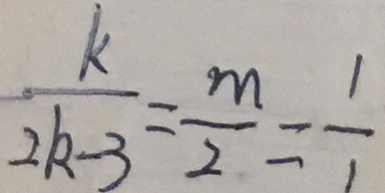
\frac { k } { 2 k - 3 } = \frac { m } { 2 } = \frac { 1 } { 1 }